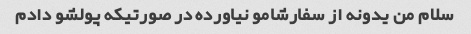
سلام من یدونه از سفارشامو نیاورده در صورتیکه پولشو دادم